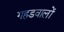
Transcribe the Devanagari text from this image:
गहडवालों